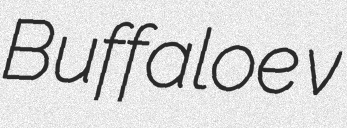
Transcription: Buffaloe v